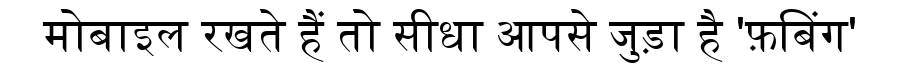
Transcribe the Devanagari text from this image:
मोबाइल रखते हैं तो सीधा आपसे जुड़ा है 'फ़बिंग'